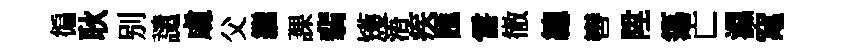
徧耿别譴䖏父繼課翡矱浯疾匯霅徹總轡陞簜亡濕𥧄